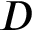
D